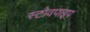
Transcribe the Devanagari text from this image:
स्टोवपाइप